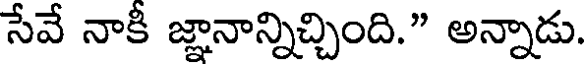
సేవే నాకీ జ్ఞానాన్నిచ్చింది." అన్నాడు.